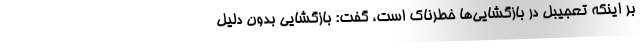
بر اینکه تعجیبل در بازگشایی‌ها خطرناک است، گفت: بازگشایی بدون دلیل